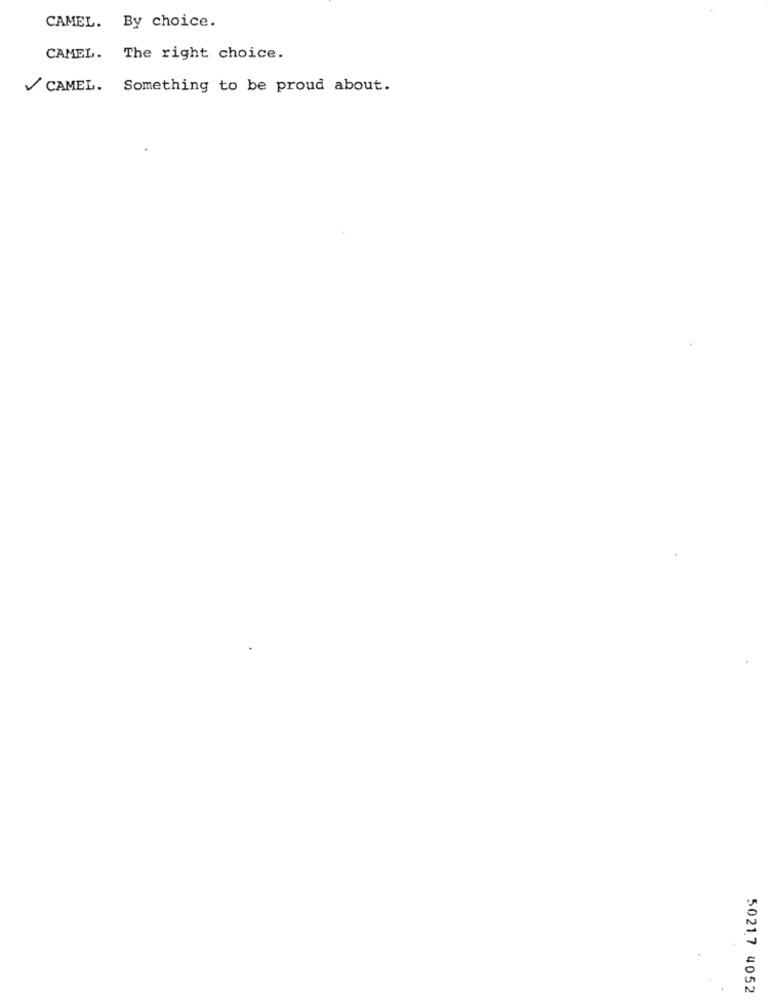
CAMEL. By choice.
CAMEL. The right choice.
CAMEL. Something to be proud about.
50217 4052